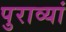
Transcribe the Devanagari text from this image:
पुराव्यां